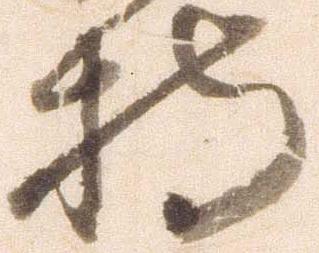
持